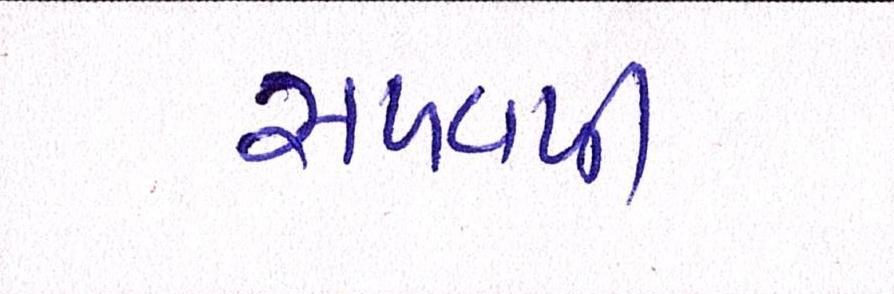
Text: સળવળી